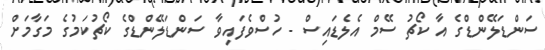
ސަންޑަލޭންޑްގެ އާ ކޯޗު ސޭމް އެލެޑައިސް - ހުސްވެފައިވާ ސަންޑަލޭންޑްގެ ކޯޗުކަމުގެ މަގާމަށް